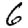
Digit: 6